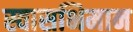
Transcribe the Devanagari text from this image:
स्वासभिमान